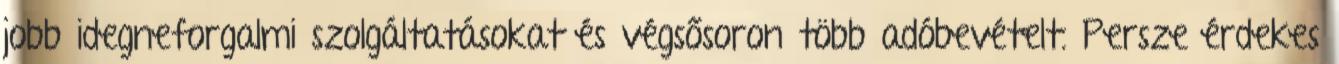
jobb idegneforgalmi szolgáltatásokat és végsősoron több adóbevételt. Persze érdekes